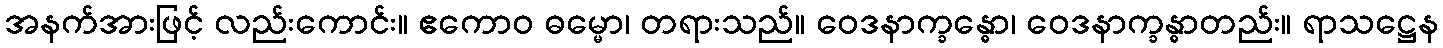
အနက်အားဖြင့် လည်းကောင်း။ ဧကောဝ ဓမ္မော၊ တရားသည်။ ဝေဒနာက္ခန္ဓော၊ ဝေဒနာက္ခန္ဓာတည်း။ ရာသဋ္ဌေန